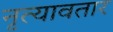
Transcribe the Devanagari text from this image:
नृत्यावतार